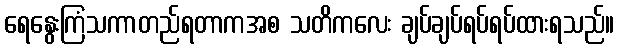
ရေနွေးကြံသကာတည်ရတာကအစ သတိကလေး ချပ်ချပ်ရပ်ရပ်ထားရသည်။